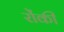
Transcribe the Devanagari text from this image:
रोंकी